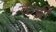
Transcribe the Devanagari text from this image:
कंड्डी